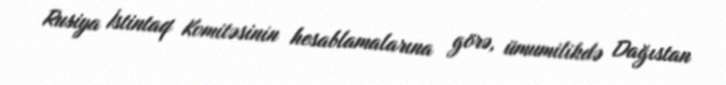
Rusiya İstintaq Komitəsinin hesablamalarına görə, ümumilikdə Dağıstan